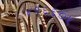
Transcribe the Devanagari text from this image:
४१६६०५